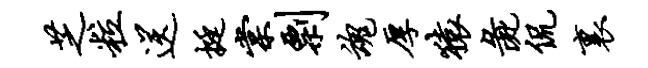
芝粒送挺棠剽魂厚猿彘侃里